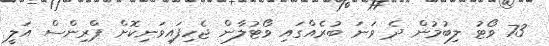
73 ވޯޓު ލިބުމުން ދެ ވަނަ ބުރެއްގައި ވޯޓުލާން ޖެހިފައިވަނިކޮށް ޕްރިންސް އަލީ